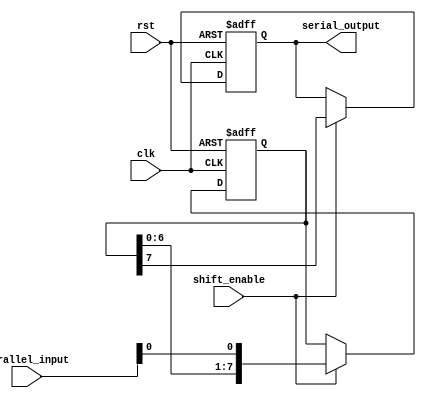
module PISO_shift_register (
  input wire clk, // clock input
  input wire rst, // reset input
  input wire shift_enable, // shift enable signal
  input wire [7:0] parallel_input, // parallel input data
  output reg serial_output // serial output data
);

reg [7:0] internal_register; // internal shift register storage

always @ (posedge clk or posedge rst) begin
  if (rst) begin // reset the register
    internal_register <= 8'b0;
    serial_output <= 1'b0;
  end else begin
    if (shift_enable) begin // shift data if shift enable is active
      internal_register <= {internal_register[6:0], parallel_input[0]};
      serial_output <= internal_register[7];
    end
  end
end

endmodule